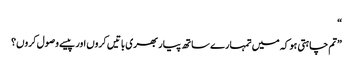
“
”تم چاہتی ہو کہ میں تمہارے ساتھ پیار بھری باتیں کروں اور پیسے وصول کروں؟